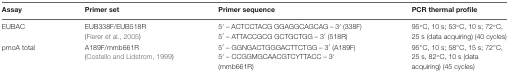
| Assay | Primer set | Primer sequence | PCR thermal profile |
 | --- | --- | --- | --- |
 | EUBAC | EUB338F/EUB518R (Fierer et al., 2005) | 5′ – ACTCCTACG GGAGGCAGCAG – 3′ (338F) 5′ – ATTACCGCG GCTGCTGG – 3′ (518R) | 95°C, 10 s; 53°C, 10 s; 72°C, 25 s (data acquiring) (40 cycles) |
 | pmoA total | A189F/mmb661R (Costello and Lidstrom, 1999) | 5′ – GGNGACTGGGACTTCTGG – 3′ (A189F) 5′ – CCGGMGCAACGTCYTTACC – 3′ (mmb661R) | 95°C, 10 s; 58°C, 15 s; 72°C, 25 s, 82°C, 10 s (data acquiring) (45 cycles) |